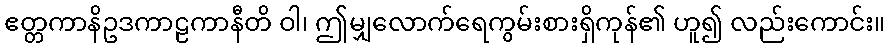
ဧတ္တကာနိဥဒကာဠကာနီတိ ဝါ၊ ဤမျှလောက်ရေကွမ်းစားရှိကုန်၏ ဟူ၍ လည်းကောင်း။